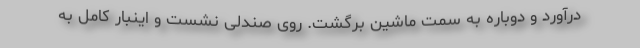
درآورد و دوباره به سمت ماشین برگشت. روی صندلی نشست و اینبار کامل به